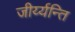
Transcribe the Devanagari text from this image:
जीर्य्यन्ति